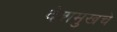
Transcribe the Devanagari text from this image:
देशमुखचे